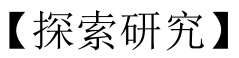
【探索研究】